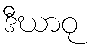
ဒီဃာဝု